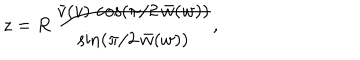
LaTeX: z = R \, \frac { \bar { v } ( v ) \, \cos \left( \pi / 2 \, \bar { w } ( w ) \right) } { \sin \left( \pi / 2 \, \bar { w } ( w ) \right) } ,